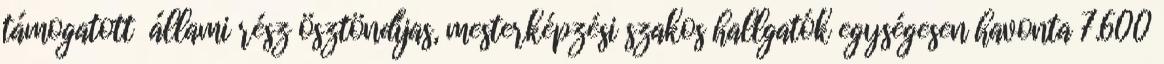
támogatott állami rész ösztöndíjas, mesterképzési szakos hallgatók egységesen havonta 7.600